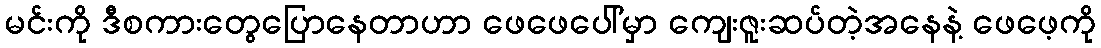
မင်းကို ဒီစကားတွေပြောနေတာဟာ ဖေဖေပေါ်မှာ ကျေးဇူးဆပ်တဲ့အနေနဲ့ ဖေဖေ့ကို